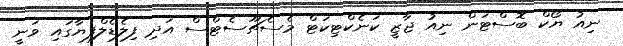
ނިއު ޔޯކް ބޮސްޓަން ނިއު ޖާޒީ ކަނެކްޓިކަޓް މެސެޗޫސެޓްސް އަދި ފިލެޑެލްފިޔާގައި ވަނީ